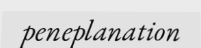
peneplanation